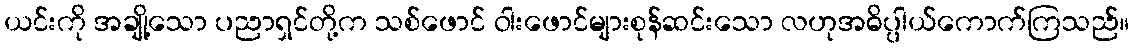
ယင်းကို အချို့သော ပညာရှင်တို့က သစ်ဖောင် ဝါးဖောင်များစုန်ဆင်းသော လဟုအဓိပ္ပါယ်ကောက်ကြသည်။